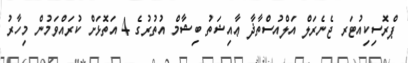
ޕްރޮސިކިއުޓަރ ޖެނެރަލް އަލްއުސްތާޛާ ޢާއިޝަތު ބިޝާމް އުތުރުގެ 4 އަތޮޅަށް ކުރައްވަމުން މިހާރު